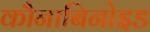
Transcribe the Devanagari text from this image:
कौनाबिनोइड